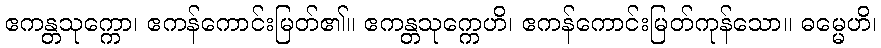
ဧကန္တသုက္ကော၊ ဧကန်ကောင်းမြတ်၏။ ဧကန္တသုက္ကေဟိ၊ ဧကန်ကောင်းမြတ်ကုန်သော။ ဓမ္မေဟိ၊